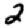
Digit: 2